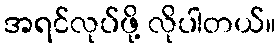
အရင်လုပ်ဖို့ လိုပါတယ်။